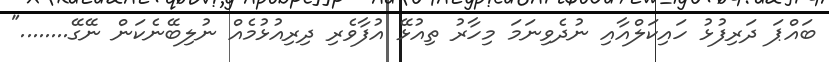
ބައްޕަ ދަރިފުޅު ހައިކަލްއާއި ނުދެވިނަމަ މިހާރު ތިއުޅޭ އުފާވެރި ދިރިއުޅުމެއް ނުލިބޭނެކަން ނޭގޭ........"